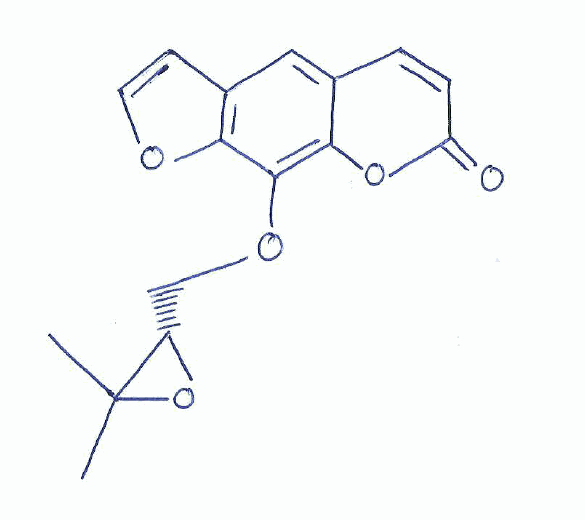
Simplified molecular-input line-entry system (SMILES) notation of the given molecule:
CC1([C@@H](O1)COC2=C3C(=CC4=C2OC=C4)C=CC(=O)O3)C